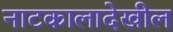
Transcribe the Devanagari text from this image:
नाटकालादेखील